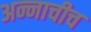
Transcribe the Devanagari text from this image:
अन्नाचीच